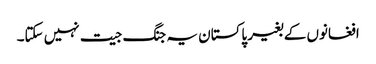
افغانوں کے بغیر پاکستان یہ جنگ جیت نہیں سکتا۔